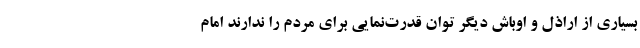
بسیاری از اراذل و اوباش دیگر توان قدرت‌نمایی برای مردم را ندارند امام